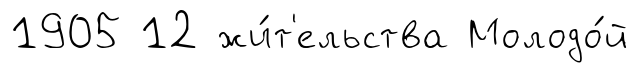
1905 12 жи́т'ельства Молодо́й